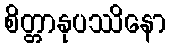
စိတ္တာနုပဿိနော